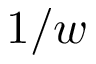
1 / w